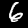
Digit: 6